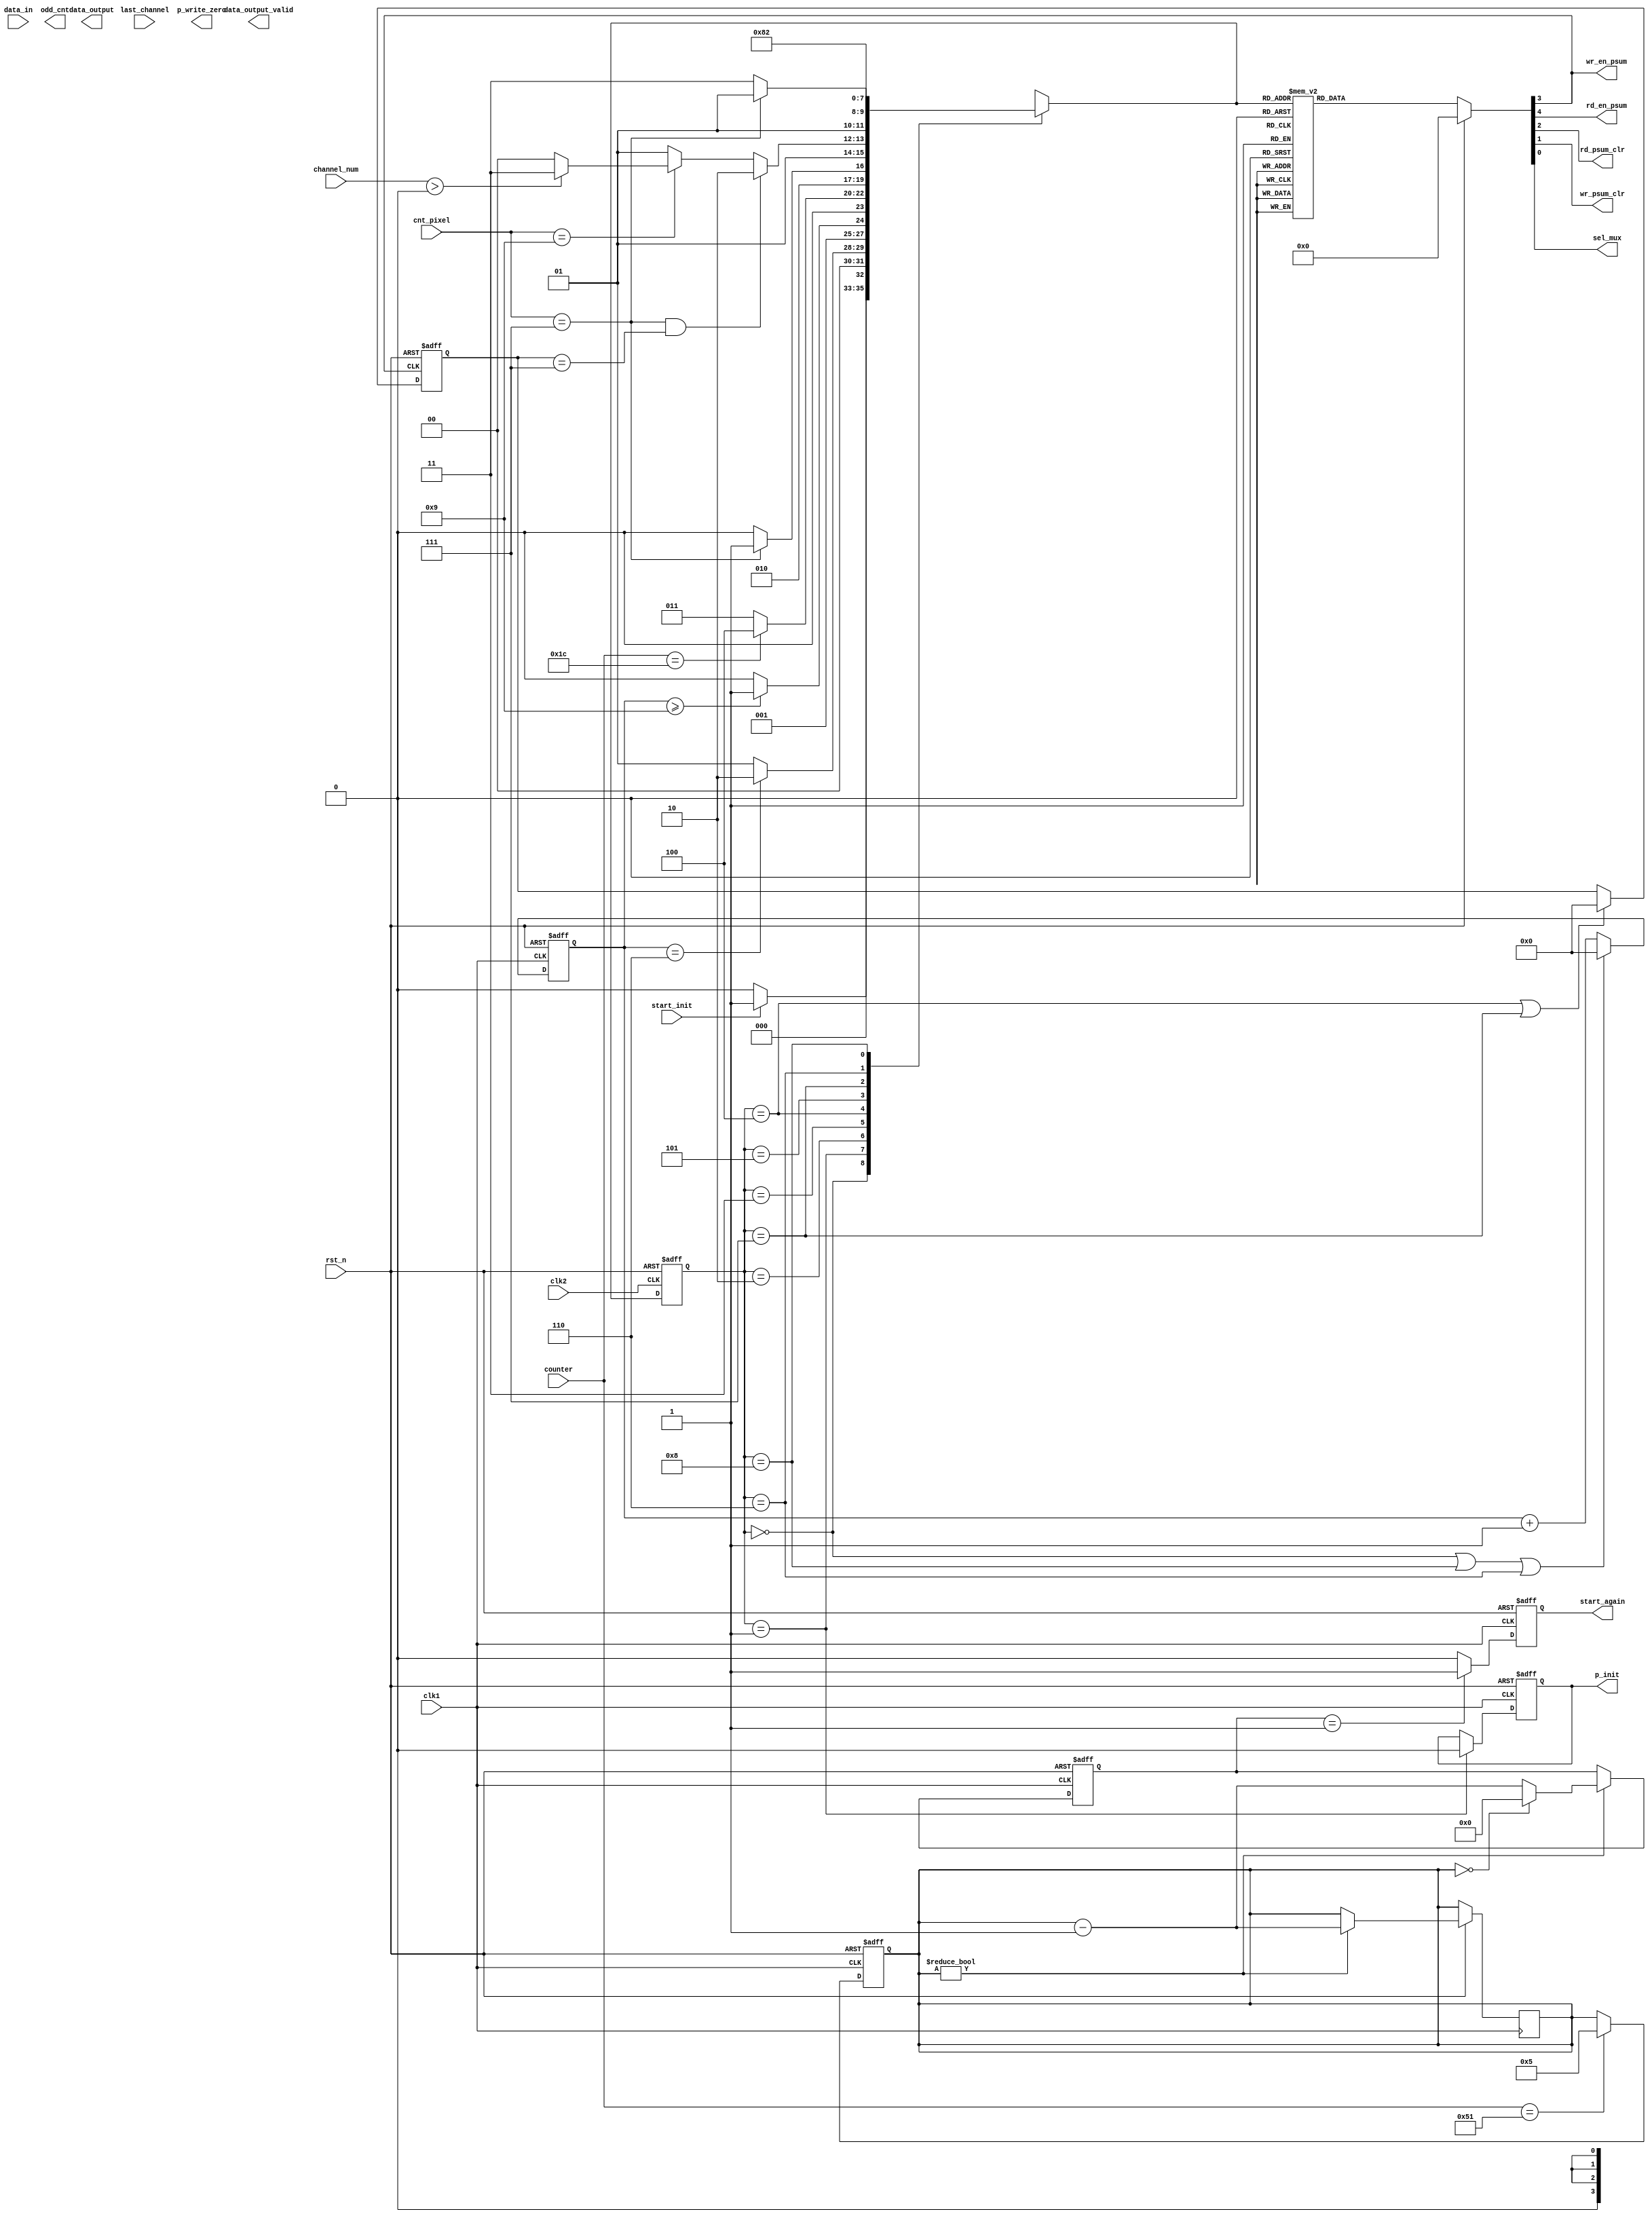
module WRITE_DATA #( parameter DATA_WIDTH = 16 ,NUM_CHANNEL = 3, IFM_WIDTH = 9, IFM_HEIGHT = 9, OFM_SIZE = 7, KERNEL_SIZE = 3) (
     clk1
    ,clk2
    ,rst_n
    ,start_init
    ,channel_num
    ,last_channel
    ,data_in
		,cnt_pixel
		,counter
    ,start_again
    ,odd_cnt
    ,p_write_zero
    ,p_init
    ,data_output
    ,data_output_valid
		,wr_en_psum
		,rd_en_psum
		,rd_psum_clr
		,wr_psum_clr
		,sel_mux
 );

input clk1; 
input clk2;
input rst_n;
input start_init;
input [6:0] cnt_pixel;
input [4:0] channel_num;
input last_channel;
input [DATA_WIDTH-1:0] data_in;
input [15:0] counter;

output [DATA_WIDTH-1:0] data_output;
output start_again;
output odd_cnt; 
output data_output_valid;
output p_init;
output p_write_zero;
output wr_en_psum;
output wr_psum_clr;
output rd_en_psum;
output rd_psum_clr;
output sel_mux;
reg wr_en_psum;
reg rd_en_psum;
reg rd_psum_clr;
reg wr_psum_clr;
reg sel_mux;
reg start_again;



parameter IDLE                = 4'b0000;
parameter INIT_BUFF           = 4'b0001;
parameter START_CONV          = 4'b0010;
parameter FIRST_ROWS          = 4'b0011;
parameter WRITE_FIRST_CHANNEL = 4'b0100;
parameter END_ROW             = 4'b0101;
parameter CLEAR_BUFF          = 4'b0110;
parameter ADD_PSUM            = 4'b0111;
parameter CLEAR_CNT           = 4'b1000;
parameter WRITE_DATA          = 4'b1001;
parameter DEPTH = IFM_WIDTH - KERNEL_SIZE + 1;

reg [3:0] current_state;
reg [3:0] next_state;
reg [7:0] cnt_row_write;
reg [7:0] cnt;

always @(posedge clk2 or negedge rst_n) begin
  	if(!rst_n) begin
  		current_state <= 0;
  	end
  	else begin
  		current_state <=  next_state;
  	end
  end
always @(current_state or channel_num or last_channel  or counter or cnt or cnt_row_write) begin
		next_state = 3'bxxx;
		case (current_state)
			IDLE: 
				if(start_init) 
						next_state = INIT_BUFF;
				else
						next_state = IDLE;
			INIT_BUFF:
				if(cnt == DEPTH - 1)
						next_state = START_CONV;
				else 
						next_state = INIT_BUFF;
			START_CONV:
				if(cnt >= DEPTH+2)
					next_state = FIRST_ROWS;
				else 
					next_state = START_CONV;
			FIRST_ROWS:
					if(counter == KERNEL_SIZE*IFM_WIDTH + 1) 
						next_state = WRITE_FIRST_CHANNEL;
					else 
						next_state = FIRST_ROWS;
			WRITE_FIRST_CHANNEL:
					if(cnt_pixel == IFM_WIDTH - KERNEL_SIZE + 1)
						next_state = END_ROW;
					else 
						next_state = WRITE_FIRST_CHANNEL;
			END_ROW:
					if((cnt_pixel == IFM_WIDTH - KERNEL_SIZE + 1) && (cnt_row_write == IFM_HEIGHT - KERNEL_SIZE +1))
	          next_state = CLEAR_BUFF;
					else if(cnt_pixel == IFM_WIDTH)
						next_state = (channel_num > 0) ? ADD_PSUM : WRITE_FIRST_CHANNEL;
					else 
						next_state = END_ROW;
      ADD_PSUM:
					if(cnt_pixel == IFM_WIDTH - KERNEL_SIZE + 1)
						next_state = END_ROW;
					else 
						next_state = ADD_PSUM;
			CLEAR_BUFF:
						next_state = CLEAR_CNT;
      CLEAR_CNT:
			 			next_state = START_CONV;
      endcase
		end
							
		reg start_conv_r;
		always @(posedge clk1 or negedge rst_n) begin
			if(!rst_n) begin
				start_conv_r <= 0;
			end
			else if(current_state == START_CONV || current_state == CLEAR_CNT)
				start_conv_r <= 1;
			else 
				start_conv_r <= 0;
			end
			assign start_conv = start_conv_r;


	 always @(posedge clk1 or negedge rst_n) begin
	 		if(!rst_n) begin
				start_again <= 0;
			end
			else begin
				start_again <= (start_count == 1) ? 1 : 0;
			end
		end
		always @(posedge clk1 or negedge rst_n) begin
			if(!rst_n)
				p_init_r <= 0;
      else if(current_state == INIT_BUFF)
				p_init_r <= 0;
			end
		assign p_init = p_init_r;

    reg p_init_r;
		always @(posedge clk1 or negedge rst_n) begin
			if(!rst_n)
				cnt <= 0;
			else if(current_state == IDLE || current_state == CLEAR_CNT || current_state == CLEAR_BUFF ) 
				cnt <= 0;
			else 
				cnt <= cnt + 1;
		end

		always @(posedge wr_en_psum or negedge rst_n) begin
			if(!rst_n)	
				cnt_row_write <= 0;
			else if(current_state == WRITE_FIRST_CHANNEL || current_state == ADD_PSUM)
				cnt_row_write <= (IFM_HEIGHT - KERNEL_SIZE + 1) ? 0 : cnt_row_write + 1;
			else 
				cnt_row_write <= cnt_row_write;
		end
 
    always @(*) begin
			if(rst_n) 
					{rd_en_psum, wr_en_psum, rd_psum_clr, wr_psum_clr, sel_mux} <= 5'b00000;
			else 
			case(next_state)
				IDLE: 
					{rd_en_psum, wr_en_psum, rd_psum_clr, wr_psum_clr, sel_mux} <= 5'b00000;
				INIT_BUFF:
					{rd_en_psum, wr_en_psum, rd_psum_clr, wr_psum_clr, sel_mux} <= 5'b00000;
				FIRST_ROWS:
					{rd_en_psum, wr_en_psum, rd_psum_clr, wr_psum_clr, sel_mux} <= 5'b00000;
				WRITE_FIRST_CHANNEL:
					{rd_en_psum, wr_en_psum, rd_psum_clr, wr_psum_clr, sel_mux} <= 5'b01000;
				END_ROW:
					{rd_en_psum, wr_en_psum, rd_psum_clr, wr_psum_clr, sel_mux} <= 5'b00000;
				CLEAR_BUFF:
					{rd_en_psum, wr_en_psum, rd_psum_clr, wr_psum_clr, sel_mux} <= 5'b00110;
				ADD_PSUM:
					{rd_en_psum, wr_en_psum, rd_psum_clr, wr_psum_clr, sel_mux} <= 5'b11001;
				CLEAR_CNT:
					{rd_en_psum, wr_en_psum, rd_psum_clr, wr_psum_clr, sel_mux} <= 5'b00000;
				default:
					{rd_en_psum, wr_en_psum, rd_psum_clr, wr_psum_clr, sel_mux} <= 5'b00000;
			endcase
		end

		reg [3:0] start_count;
		reg start;
		reg [3:0] cnt_1;

		always @(posedge clk1 or negedge rst_n) begin
		  if(!rst_n) begin
			  start <= 0;
				cnt_1 <= 0;
			end
			else if(counter == IFM_WIDTH * IFM_HEIGHT) begin
			  start <= 1;
				cnt_1 <= 5;
			end
			else begin
				start <= 0;
				cnt_1 <= cnt_1;
			end
		end
				
		always @(posedge clk1 or negedge rst_n) begin
		  if(!rst_n) begin
				start_count <= 0;
			end
      else if(cnt_1 != 0) begin
				start_count <= (cnt_1 == 0) ? 0 : cnt_1 - 1;
				cnt_1 <= cnt_1 -1 ;
			end
		end

		endmodule